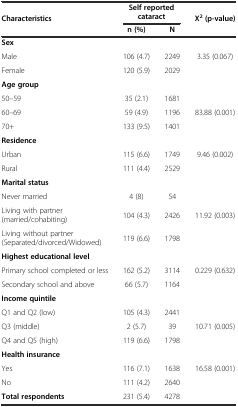
<table><thead><tr><td rowspan="2"><b>Characteristics</b></td><td colspan="2"><b>Self reported cataract</b></td><td rowspan="2"><b>X<sup>2</sup> (p-value)</b></td></tr><tr><td><b>n (%)</b></td><td><b>N</b></td></tr></thead><tbody><tr><td><b>Sex</b></td><td></td><td></td><td></td></tr><tr><td>Male</td><td>106 (4.7)</td><td>2249</td><td>3.35 (0.067)</td></tr><tr><td>Female</td><td>120 (5.9)</td><td>2029</td><td></td></tr><tr><td><b>Age group</b></td><td></td><td></td><td></td></tr><tr><td>50–59</td><td>35 (2.1)</td><td>1681</td><td></td></tr><tr><td>60–69</td><td>59 (4.9)</td><td>1196</td><td>83.88 (0.001)</td></tr><tr><td>70+</td><td>133 (9.5)</td><td>1401</td><td></td></tr><tr><td><b>Residence</b></td><td></td><td></td><td></td></tr><tr><td>Urban</td><td>115 (6.6)</td><td>1749</td><td>9.46 (0.002)</td></tr><tr><td>Rural</td><td>111 (4.4)</td><td>2529</td><td></td></tr><tr><td><b>Marital status</b></td><td></td><td></td><td></td></tr><tr><td>Never married</td><td>4 (8)</td><td>54</td><td></td></tr><tr><td>Living with partner (married/cohabiting)</td><td>104 (4.3)</td><td>2426</td><td>11.92 (0.003)</td></tr><tr><td>Living without partner (Separated/divorced/Widowed)</td><td>119 (6.6)</td><td>1798</td><td></td></tr><tr><td><b>Highest educational level</b></td><td></td><td></td><td></td></tr><tr><td>Primary school completed or less</td><td>162 (5.2)</td><td>3114</td><td>0.229 (0.632)</td></tr><tr><td>Secondary school and above</td><td>66 (5.7)</td><td>1164</td><td></td></tr><tr><td><b>Income quintile</b></td><td></td><td></td><td></td></tr><tr><td>Q1 and Q2 (low)</td><td>105 (4.3)</td><td>2441</td><td></td></tr><tr><td>Q3 (middle)</td><td>2 (5.7)</td><td>39</td><td>10.71 (0.005)</td></tr><tr><td>Q4 and Q5 (high)</td><td>119 (6.6)</td><td>1798</td><td></td></tr><tr><td><b>Health insurance</b></td><td></td><td></td><td></td></tr><tr><td>Yes</td><td>116 (7.1)</td><td>1638</td><td>16.58 (0.001)</td></tr><tr><td>No</td><td>111 (4.2)</td><td>2640</td><td></td></tr><tr><td><b>Total respondents</b></td><td>231 (5.4)</td><td>4278</td><td></td></tr></tbody></table>